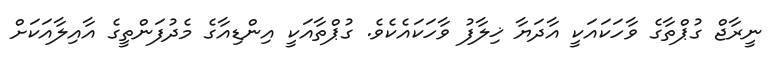
ނީރާޖް ގުޕްތާގެ ވާހަކައަކީ އާދަޔާ ޚިލާފު ވާހަކައެކެވެ. ގުޕްތާއަކީ އިންޑިއާގެ މެދުފަންތީގެ އާއިލާއަކަށް